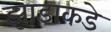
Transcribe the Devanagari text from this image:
झाडाकडे